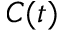
C ( t )